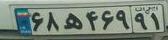
۶۸ه۴۶۹۹۱